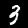
Digit: 3